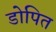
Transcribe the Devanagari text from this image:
डोपित